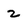
Character: z